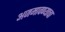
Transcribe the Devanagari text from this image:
अजमावण्याचा